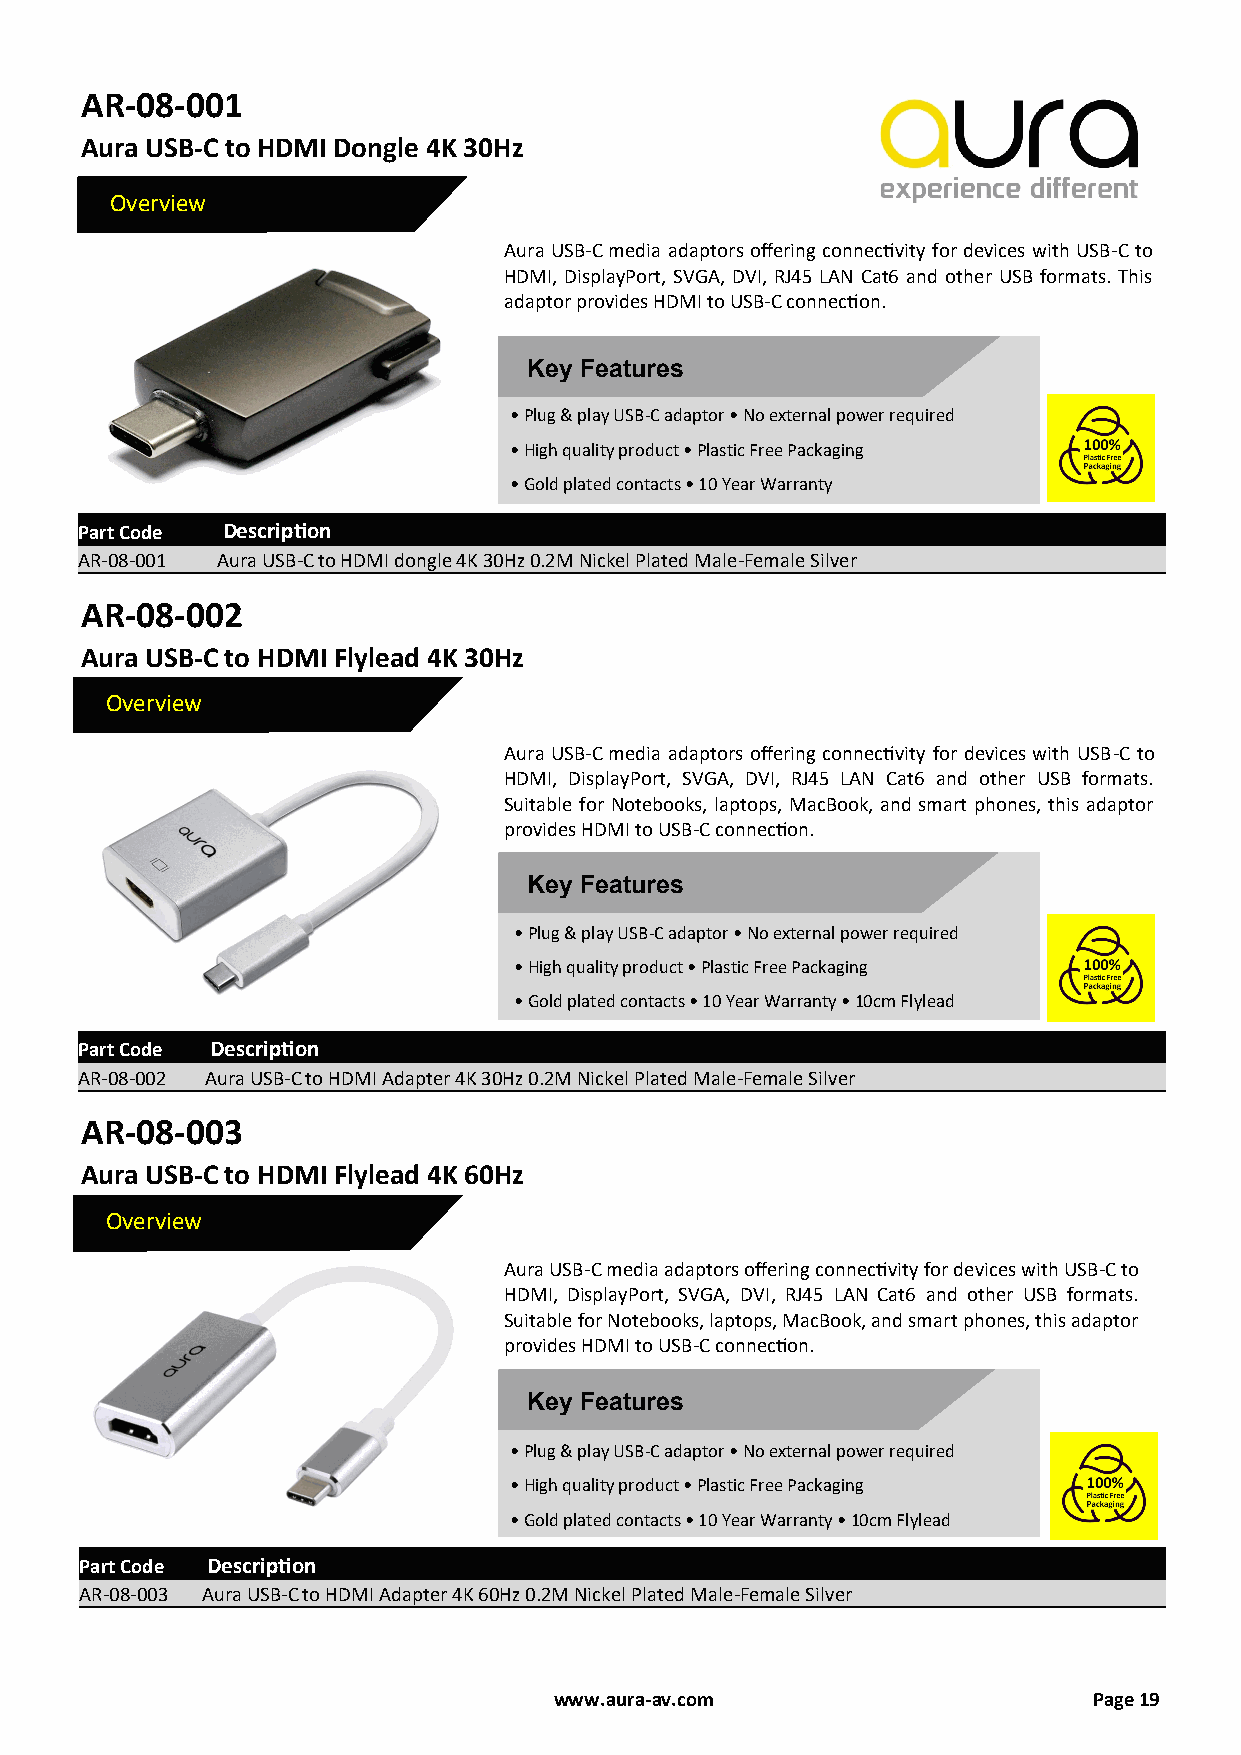
AR-08-001
 Aura USB-C to HDMI Dongle 4K 30Hz
 Overview
 Aura USB-C media adaptors offering connectivity for devices with USB-C to
 HDMI, DisplayPort, SVGA, DVI, RJ45 LAN Cat6 and other USB formats. This
 adaptor provides HDMI to USB-C connection.
 Key Features
 • Plug & play USB-C adaptor • No external power required
 • High quality product • Plastic Free Packaging
 • Gold plated contacts • 10 Year Warranty
 Part Code Description
 AR-08-001 Aura USB-C to HDMI dongle 4K 30Hz 0.2M Nickel Plated Male-Female Silver
 AR-08-002
 Aura USB-C to HDMI Flylead 4K 30Hz
 Overview
 Aura USB-C media adaptors offering connectivity for devices with USB-C to
 HDMI, DisplayPort, SVGA, DVI, RJ45 LAN Cat6 and other USB formats.
 Suitable for Notebooks, laptops, MacBook, and smart phones, this adaptor
 provides HDMI to USB-C connection.
 Key Features
 • Plug & play USB-C adaptor • No external power required
 • High quality product • Plastic Free Packaging
 • Gold plated contacts • 10 Year Warranty • 10cm Flylead
 Part Code Description
 AR-08-002 Aura USB-C to HDMI Adapter 4K 30Hz 0.2M Nickel Plated Male-Female Silver
 AR-08-003
 Aura USB-C to HDMI Flylead 4K 60Hz
 Overview
 Aura USB-C media adaptors offering connectivity for devices with USB-C to
 HDMI, DisplayPort, SVGA, DVI, RJ45 LAN Cat6 and other USB formats.
 Suitable for Notebooks, laptops, MacBook, and smart phones, this adaptor
 provides HDMI to USB-C connection.
 Key Features
 • Plug & play USB-C adaptor • No external power required
 • High quality product • Plastic Free Packaging
 • Gold plated contacts • 10 Year Warranty • 10cm Flylead
 Part Code Description
 AR-08-003 Aura USB-C to HDMI Adapter 4K 60Hz 0.2M Nickel Plated Male-Female Silver
 www.aura-av.com                    Page 19